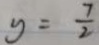
y = \frac { 7 } { 2 }